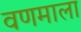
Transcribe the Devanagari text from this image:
वणमाला